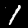
Label: 1